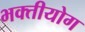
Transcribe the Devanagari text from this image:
भक्तीयोग